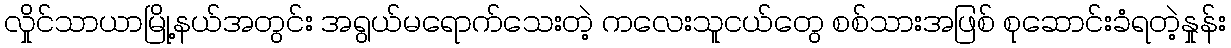
လှိုင်သာယာမြို့နယ်အတွင်း အရွယ်မရောက်သေးတဲ့ ကလေးသူငယ်တွေ စစ်သားအဖြစ် စုဆောင်းခံရတဲ့နှုန်း